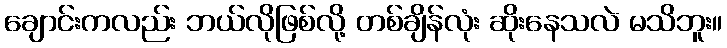
ချောင်းကလည်း ဘယ်လိုဖြစ်လို့ တစ်ချိန်လုံး ဆိုးနေသလဲ မသိဘူး။